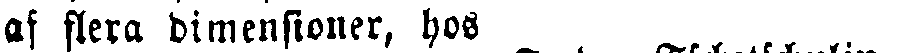
af flera dimensioner, hos